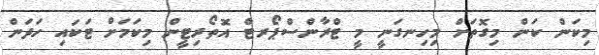
މިކަން ކަން މިގޮތަށް މިހިނގަނީ މީ ޓްރާންސްޕޯރޓް އޮތޯރިޓީން މިކަމަށް ޓަކައި ހަދަން